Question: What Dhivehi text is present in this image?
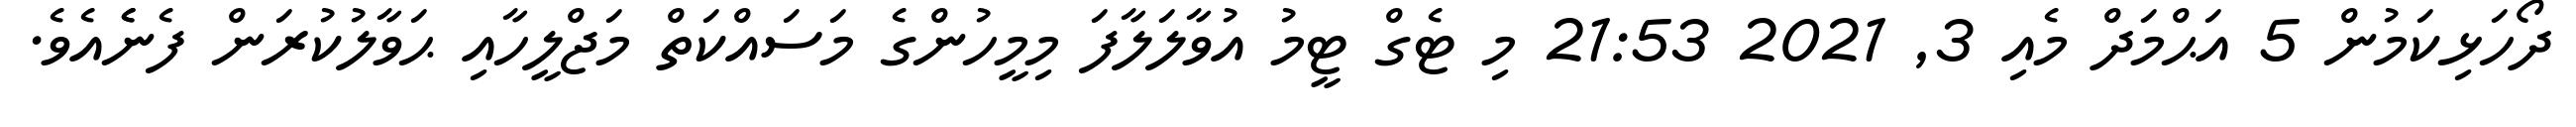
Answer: ދޯހަޅިކަމުން 5 އަޙްމަދް މެއި 3, 2021 21:53 މި ޓެގް ޓީމު އުވާލަލާފަ މިމީހުންގެ މަސައްކަތް މަޖްލީހާއި ޙަވާލުކުރަން ފެނެެއެވެ.